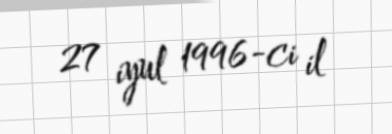
27 iyul 1996-ci il